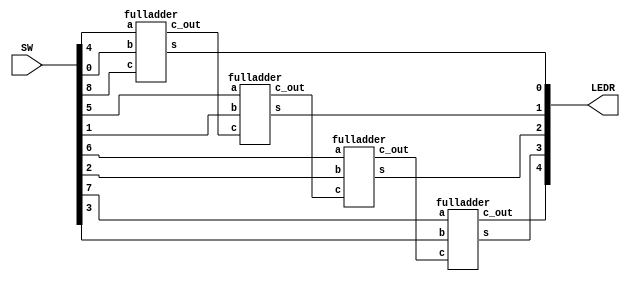

//=======================================================
//  This code is generated by Terasic System Builder
//=======================================================

module PA1P2(

	//////////// LED //////////
	output		     [9:0]		LEDR,

	//////////// SW //////////
	input 		     [9:0]		SW
);



//=======================================================
//  REG/WIRE declarations
//=======================================================

wire c1,c2,c3;

//=======================================================
//  Structural coding
//=======================================================

fulladder fa0(.b(SW[0]),.a(SW[4]),.c(SW[8]),.c_out(c1),.s(LEDR[0]));
fulladder fa1(.b(SW[1]),.a(SW[5]),.c(c1),.c_out(c2),.s(LEDR[1]));
fulladder fa2(.b(SW[2]),.a(SW[6]),.c(c2),.c_out(c3),.s(LEDR[2]));
fulladder fa3(.b(SW[3]),.a(SW[7]),.c(c3),.c_out(LEDR[4]),.s(LEDR[3]));

endmodule

module fulladder(input a,b,c, output s,c_out);

assign c_out = (b&a)||(b&c)||(a&c);
assign s = (~a&b&~c)||(a&~b&~c)||(~a&~b&c)||(a&b&c);

endmodule